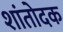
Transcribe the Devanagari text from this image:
शांतोदक